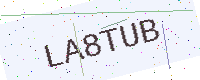
Text: LA8TUB